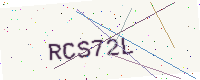
Text: RCS72L